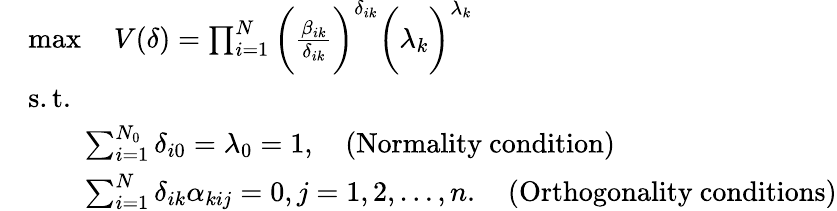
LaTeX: \begin{array}{rl}&{\operatorname*{max}\quad V(\delta)=\prod_{i=1}^{N}\bigg(\frac{\beta_{ik}}{{\delta_{ik}}}\bigg)^{{\delta_{ik}}}\bigg(\lambda_{k}\bigg)^{\lambda_{k}}}\\ &{\mathrm{s.t.}}\\ &{\qquad\sum_{i=1}^{N_{0}}{\delta_{i0}}=\lambda_{0}=1,\quad(\mathrm{Normality~condition})}\\ &{\qquad\sum_{i=1}^{N}{\delta_{ik}}{\alpha_{kij}}=0,j=1,2,\ldots,n.\quad(\mathrm{Orthogonality~conditions})}\end{array}